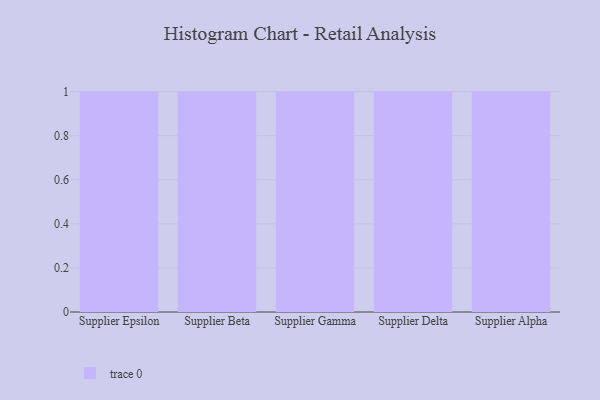
{"axis": {"x": "Supplier", "y": "Conversion Rate (%)"}, "legend": [""], "data": [{"x": "Supplier Epsilon", "y": 82, "type": ""}, {"x": "Supplier Beta", "y": 23, "type": ""}, {"x": "Supplier Gamma", "y": 24, "type": ""}, {"x": "Supplier Delta", "y": 26, "type": ""}, {"x": "Supplier Alpha", "y": 43, "type": ""}]}